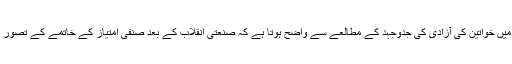
اس پس منظر میں خواتین کی آزادی کی جدوجہد کے مطالعے سے واضح ہوتا ہے کہ صنعتی انقلاب کے بعد صنفی امتیاز کے خاتمے کے تصور کو تقویت ملی۔